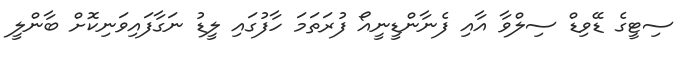
ސިޓީގެ ޑޭވިޑް ސިލްވާ އާއި ފެނާންޑީނީއޯ ފުރަތަމަ ހާފުގައި ލީޑު ނަގާފައިވަނިކޮށް ބާންލީ